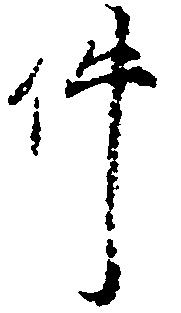
件